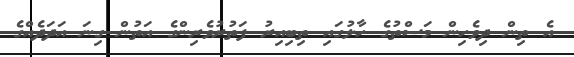
އެ ތިން ދިވެހިން މަސްތުގެ ހާލުގައި ތިބިއިރު ފަތުރުވެރިންގެ އަތުން ގިނަ އަދަދެއްގެ